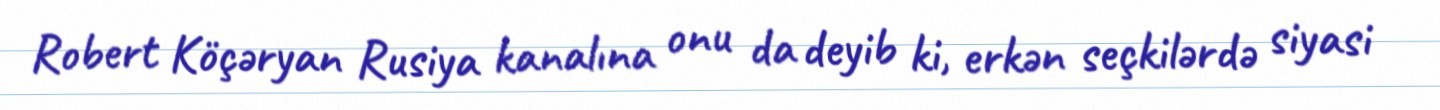
Robert Köçəryan Rusiya kanalına onu da deyib ki, erkən seçkilərdə siyasi